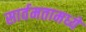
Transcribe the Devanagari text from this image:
सार्वमतामध्ये